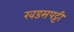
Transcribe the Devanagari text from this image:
खडसपट्टी